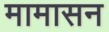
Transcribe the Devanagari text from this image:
मामासन